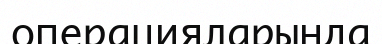
операцияларында